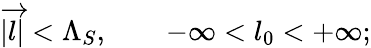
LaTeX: |\overrightarrow{l}|<\Lambda_{S},\qquad-\infty<l_{0}<+\infty;